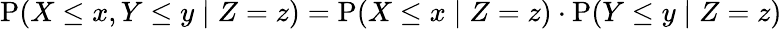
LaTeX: \mathrm{P}(X\leq x,Y\leq y\; |\; Z=z)=\mathrm{P}(X\leq x\; |\; Z=z)\cdot\mathrm{P}(Y\leq y\; |\; Z=z)